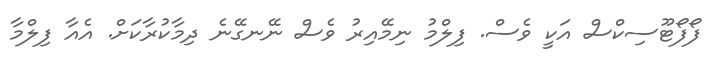
ފޯފޯޓޫސިކްސް އަކީ ވެސް. ފިލްމު ނިމޭއިރު ވެސް ނޭނގޭނެ ދިމާކުރާކަށް. އެއާ ފިލްމާ